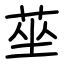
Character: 莝